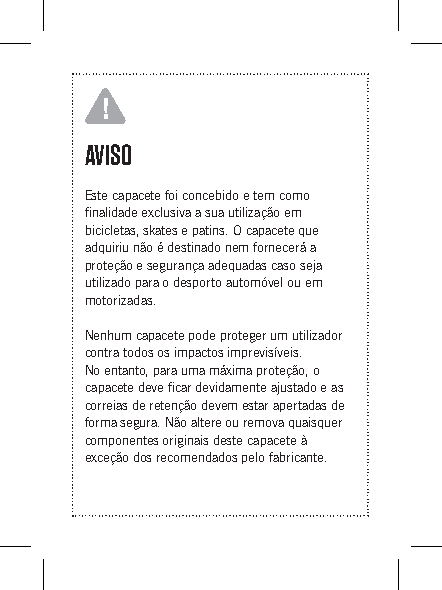
!
 AVISO
 Este capacete foi concebido e tem como
 finalidade exclusiva a sua utilização em
 bicicletas, skates e patins. O capacete que
 adquiriu não é destinado nem fornecerá a
 proteção e segurança adequadas caso seja
 utilizado para o desporto automóvel ou em
 motorizadas.
 Nenhum capacete pode proteger um utilizador
 contra todos os impactos imprevisíveis.
 No entanto, para uma máxima proteção, o
 capacete deve ficar devidamente ajustado e as
 correias de retenção devem estar apertadas de
 forma segura. Não altere ou remova quaisquer
 componentes originais deste capacete à
 exceção dos recomendados pelo fabricante.